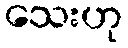
သေးဟု